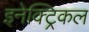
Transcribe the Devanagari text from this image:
इनेक्‍ट्रिकल